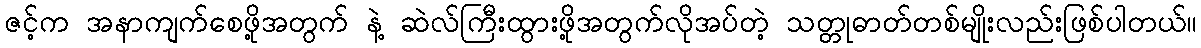
ဇင့်က အနာကျက်စေဖို့အတွက် နဲ့ ဆဲလ်ကြီးထွားဖို့အတွက်လိုအပ်တဲ့ သတ္တုဓာတ်တစ်မျိုးလည်းဖြစ်ပါတယ်။